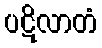
ပဋိလာတံ